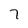
Character: 7